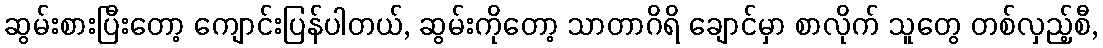
ဆွမ်းစားပြီးတော့ ကျောင်းပြန်ပါတယ်, ဆွမ်းကိုတော့ သာတာဂိရိ ချောင်မှာ စာလိုက် သူတွေ တစ်လှည့်စီ,